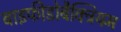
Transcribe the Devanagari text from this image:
बाइफीडोबैक्ट्रियम